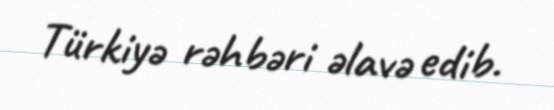
Türkiyə rəhbəri əlavə edib.